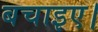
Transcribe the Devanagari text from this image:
बचाइए।